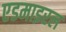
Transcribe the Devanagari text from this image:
एडमाइरल